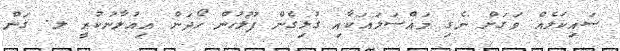
ސައިކަލެއް ވަގަށް ނެގި މައްސަލައަކާއި ގުޅިގެން ފުލުހުން ހޯދަން އިއުލާނުކުރީ ލ. ގަން